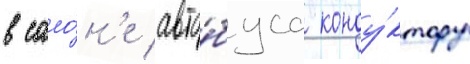
в сало́н'е авто́буса конду́ктору